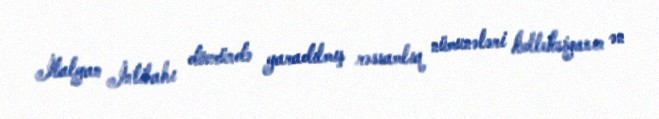
İtalyan İntibahı dövründə yaradılmış rəssamlıq nümunələri kolleksiyanın ən